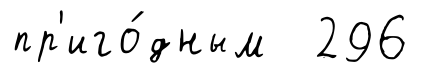
пр'иго́дным 296